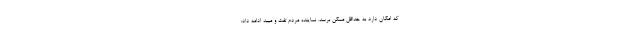
که امکان دارد به حداقل ممکن برسد. نماینده مردم تفت و میبد ادامه داد: